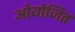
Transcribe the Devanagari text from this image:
ओयोजित